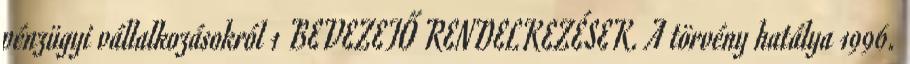
pénzügyi vállalkozásokról 1 BEVEZETŐ RENDELKEZÉSEK. A törvény hatálya 1996.